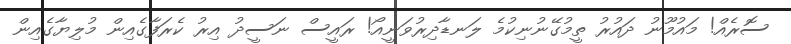
ސޮރެއް! މައުމޫނު ދައުރު ތީމުގޭނުނިކުމެ ލަނޑާދިރުވަނީއޯ! ރައީސް ނަސީދު އިރު ކެރަފާގެއިން މުލިޔާގެއިން